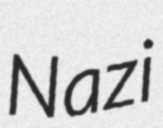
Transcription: Nazi